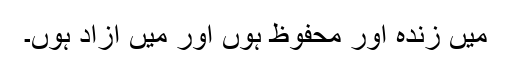
میں زندہ اور محفوظ ہوں اور میں آزاد ہوں۔